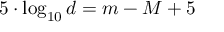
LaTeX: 5 \cdot \log _ { 1 0 } d = m - M + 5